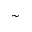
\sim